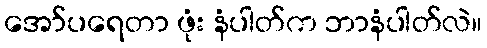
အော်ပရေတာ ဖုံး နံပါတ်က ဘာနံပါတ်လဲ။